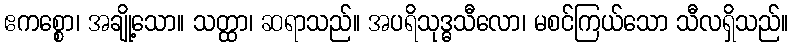
ဧကစ္စော၊ အချို့သော။ သတ္ထာ၊ ဆရာသည်။ အပရိသုဒ္ဓသီလော၊ မစင်ကြယ်သော သီလရှိသည်။